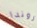
روندا